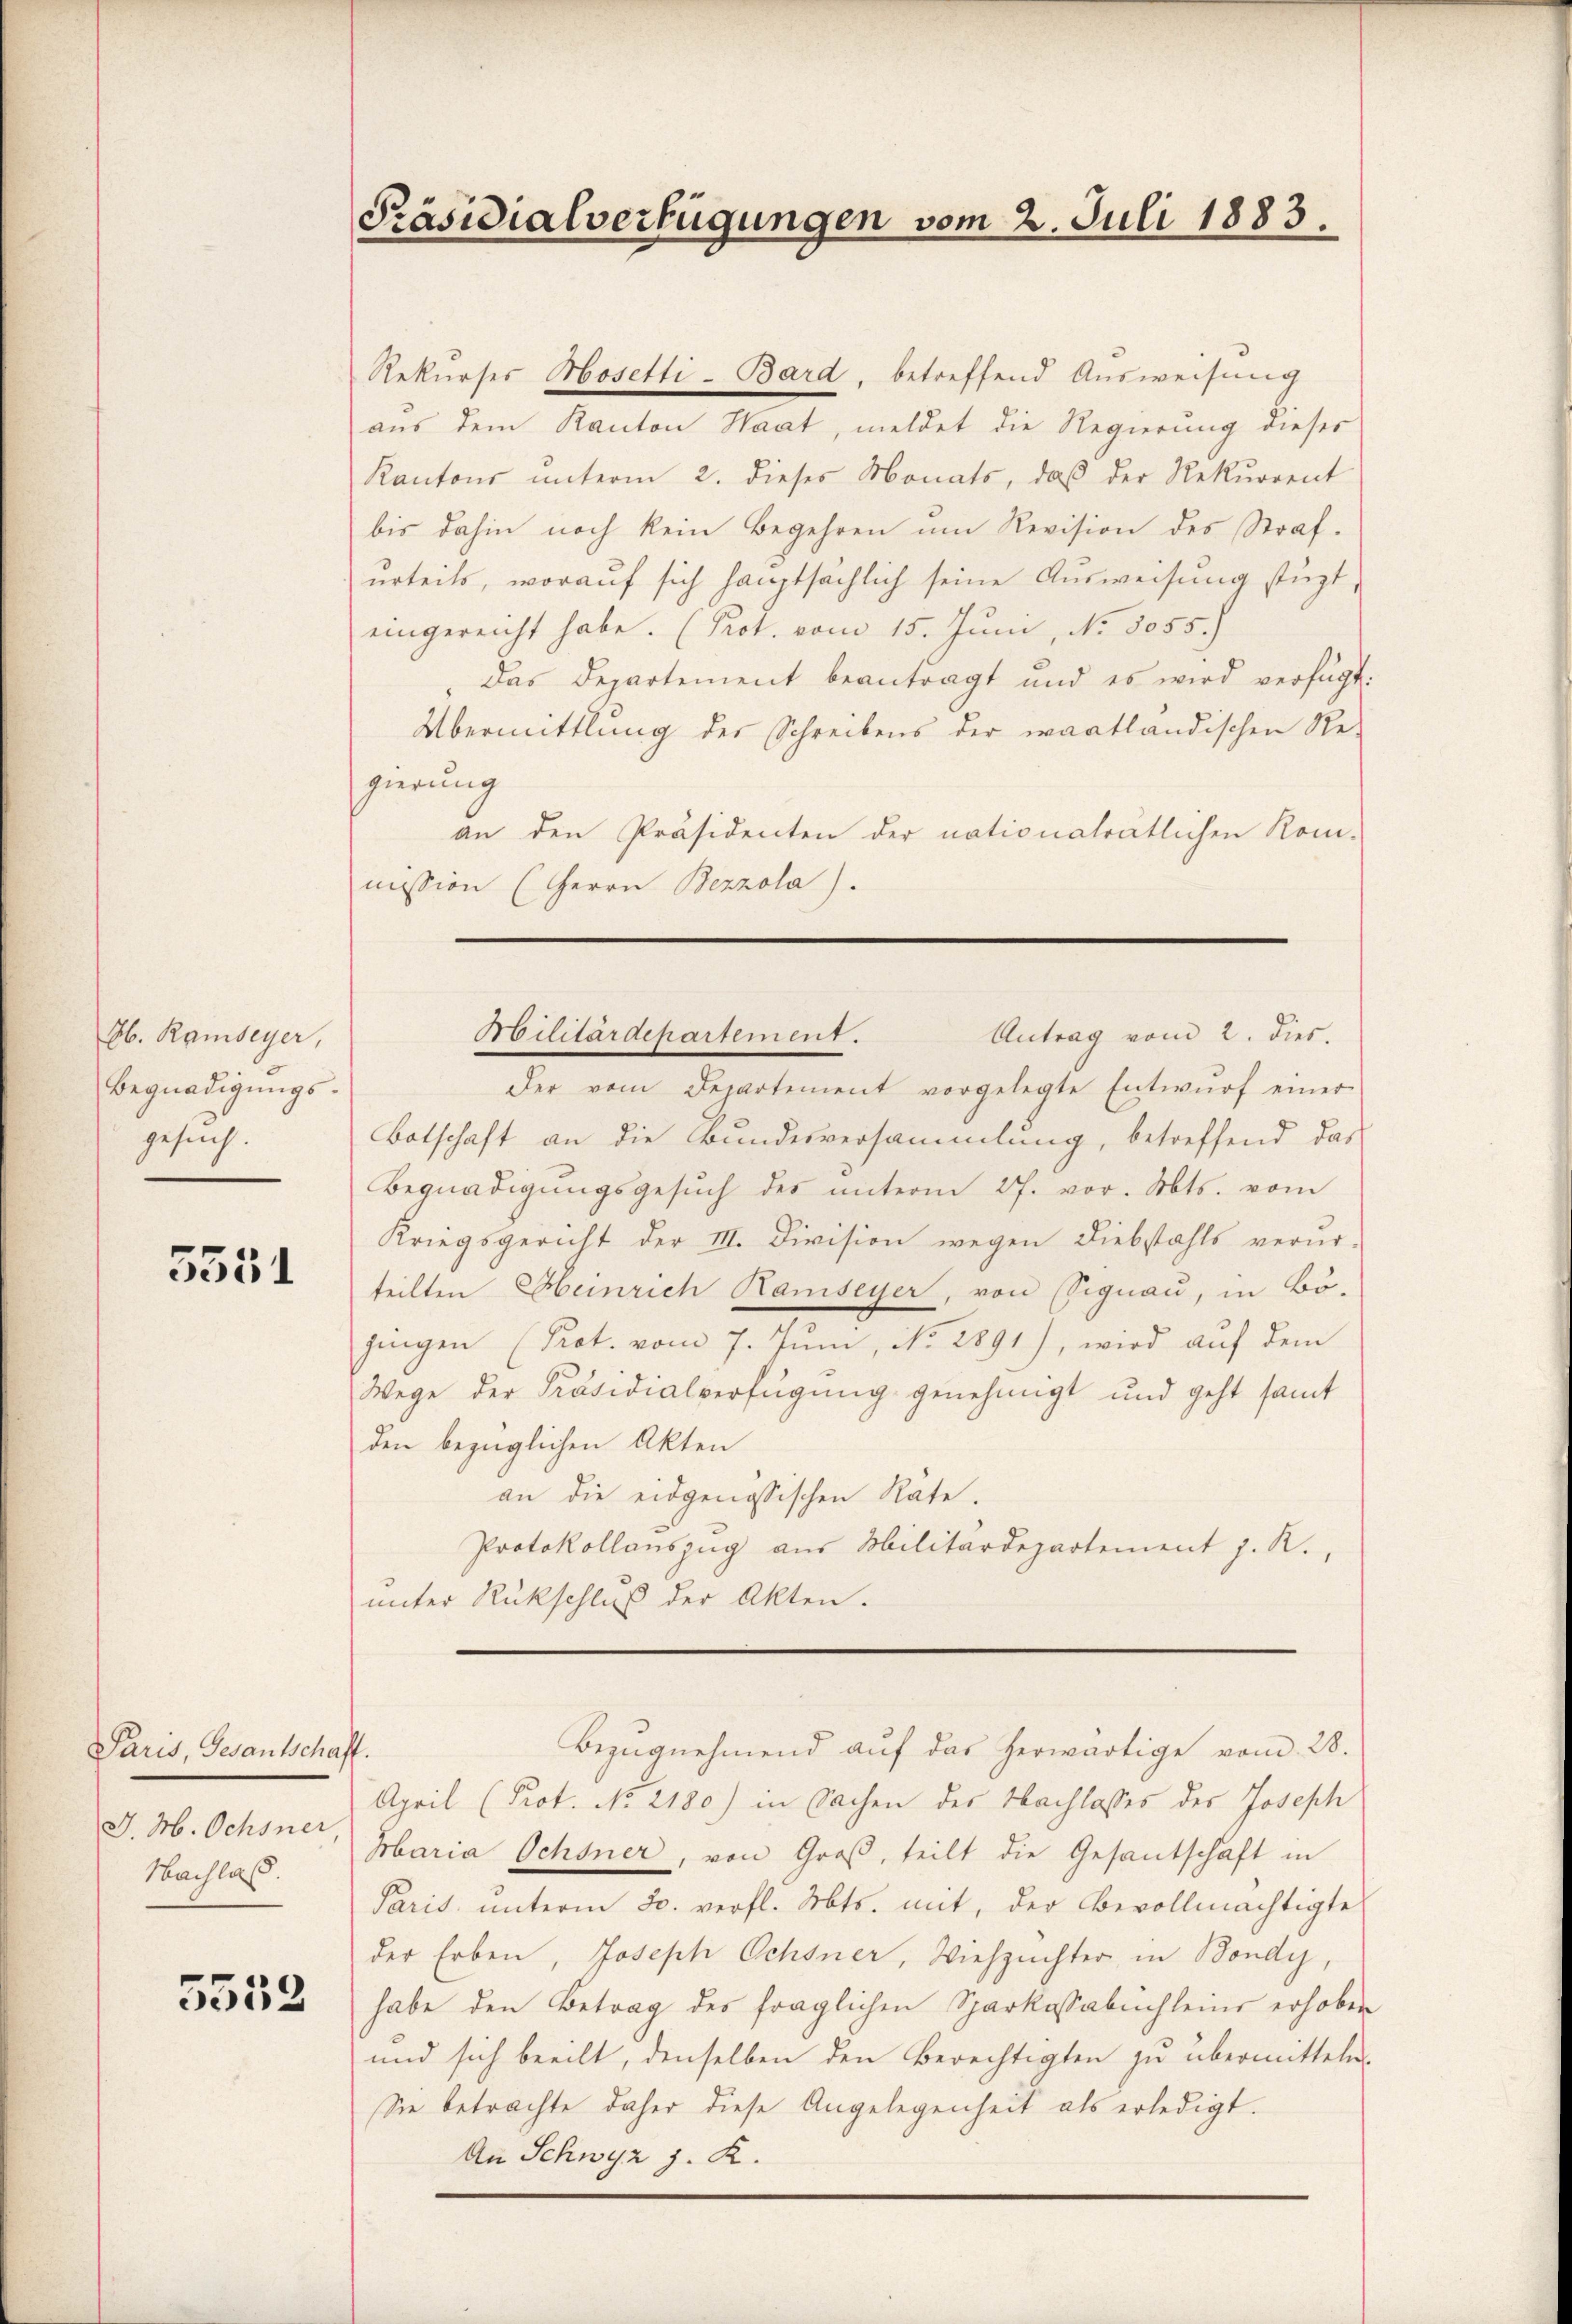
8b. Rambeyer,
Begnadigungsgesuch.

5551

Paris, Gesantschaft.
J. M. Ochsner
Nachlaß.

5552

Präsidialverfügungen vom 2. Juli 1883.

Rekurses Mosetti-Bard, betreffend Ausweisung
aus dem Kanton Haat, meldet die Regierung dieses
Kantons ŭnterm 2. dieses Monats, daβ der Rekurrent
bis dahin noch kein Begehren um Revision des Straf-
urteils, worauf sich hauptsächlich seine Ausweisung stüzt,
eingereicht habe. (Prot. vom 15. Juni, No. 5055.)
das Departement beantragt und es wird verfügt:
Übermittlung des Schreibens der wartländischen Re-
gierung
an den Präsidenten der nationalrätlichen Kom-
mission (Herrn Bezzola).
Militärdepartement.
Antrag vom 2. dies.
Der vom Departement vorgelegte Entwŭrf einer
Botschaft an die Bundesversammlung, betreffend das
Begnadigŭngsgesŭch des ŭnterm 27. vor. Mts. vom
Kriegsgericht der III. Division wegen Liebstahls verur-
teilten Heinrich Ramseyer, von Signau, in Bö-
gingen (Prot. vom 7. Juni, No. 2891), wird auf dem
Wege der Präsidialverfügung genehmigt und geht samt
den bezüglichen Akten
an die eidgenössischen Rate.
Protokollanszug aus Militärdepartement J. R.,
unter Rückschluß der Akten.

April (Prot. No 2180) in Sachen des Nachlasses des Joseph
Maria Ochsner, von Groß, teilt die Gesantschaft in
Paris unterm 30. verfl. Mts. mit, der Bevollmächtigte
der Erben, Joseph Ochsner, Viehzuchter, in Bondy
habe den Betrag des fraglichen Sparkassabuchleins erhoben
und sich beeilt, denselben den Berechtigten zu übermitteln
Sie betrachte daher diese Angelegenheit als erledigt.
An Schwyz z. R.

Bezŭgnehmend aŭf das herwärtige vom 28.